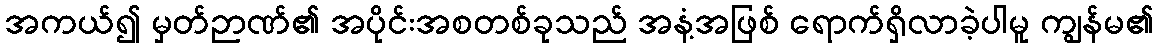
အကယ်၍ မှတ်ဉာဏ်၏ အပိုင်းအစတစ်ခုသည် အနံ့အဖြစ် ရောက်ရှိလာခဲ့ပါမူ ကျွန်မ၏